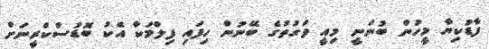
ފާޑުކިޔާ މީހުން ބުނަނީ މިއީ ވަގުތުގެ ބޭނުން ހިފައި ފިލްމަކާ އެކު ބޮޑުސްކްރީނަށް